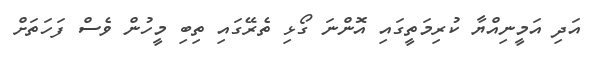
އަދި އަމީނިއްޔާ ކުރިމަތީގައި އޮންނަ ގޯޅި ތެރޭގައި ތިބި މީހުން ވެސް ފަހަތަށް